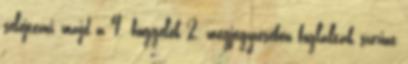
selejtezni, majd a 4. függelék 2. megjegyzésében foglaltak szerint